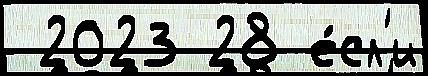
 2023 28 е́сл'и